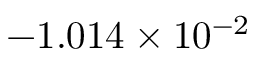
- 1 . 0 1 4 \times 1 0 ^ { - 2 }